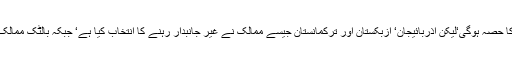
روس کے لئے سابق سوویت یونین کی ہر ریاست روسی یونین کا حصہ ہوگی‘لیکن آذربائیجان‘ ازبکستان اور ترکمانستان جیسے ممالک نے غیر جانبدار رہنے کا انتخاب کیا ہے‘ جبکہ بالٹک ممالک سمیت یوکرائن ودیگر ریاستوں نے مغربی راستہ ڈھونڈ لیا ہے۔